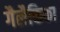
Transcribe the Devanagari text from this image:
गैलैक्तिका